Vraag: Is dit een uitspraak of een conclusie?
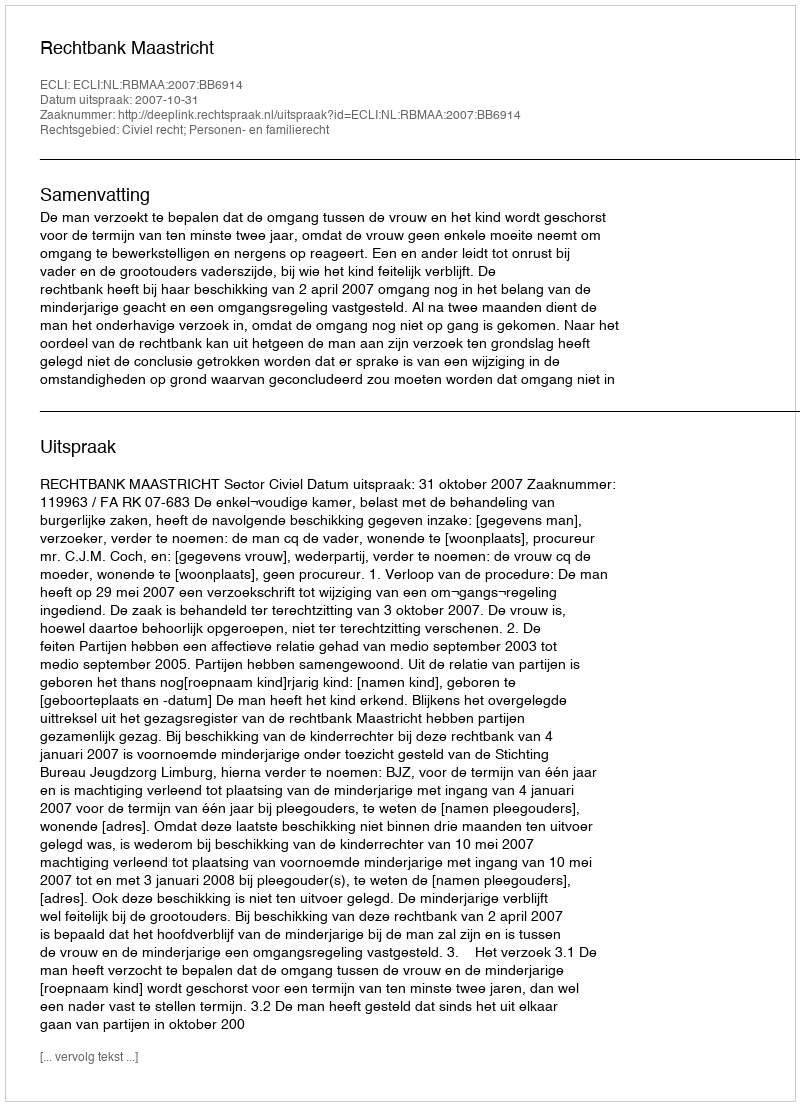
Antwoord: Uitspraak